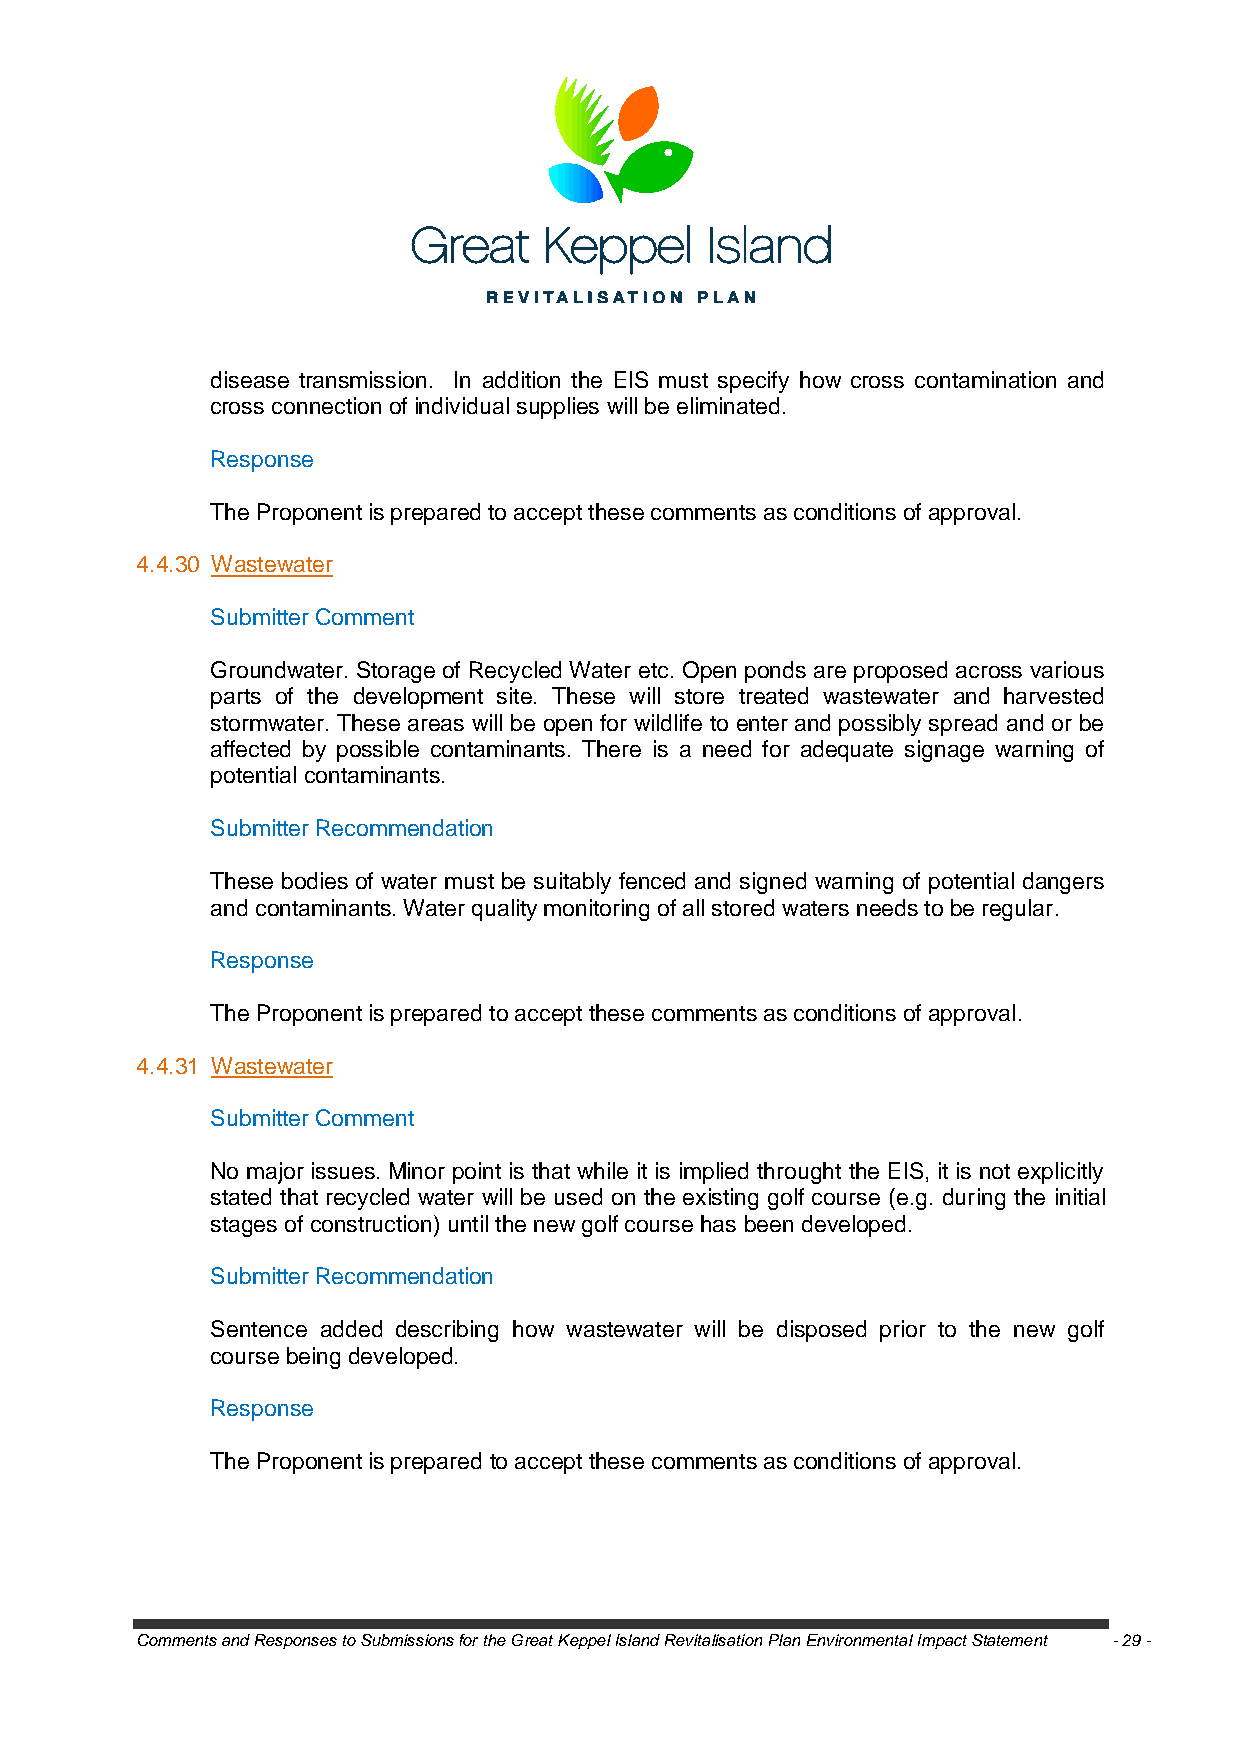
disease transmission. In addition the EIS must specify how cross contamination and
 cross connection of individual supplies will be eliminated.
 Response
 The Proponent is prepared to accept these comments as conditions of approval.
 4.4.30 Wastewater
 Submitter Comment
 Groundwater. Storage of Recycled Water etc. Open ponds are proposed across various
 parts of the development site. These will store treated wastewater and harvested
 stormwater. These areas will be open for wildlife to enter and possibly spread and or be
 affected by possible contaminants. There is a need for adequate signage warning of
 potential contaminants.
 Submitter Recommendation
 These bodies of water must be suitably fenced and signed warning of potential dangers
 and contaminants. Water quality monitoring of all stored waters needs to be regular.
 Response
 The Proponent is prepared to accept these comments as conditions of approval.
 4.4.31 Wastewater
 Submitter Comment
 No major issues. Minor point is that while it is implied throught the EIS, it is not explicitly
 stated that recycled water will be used on the existing golf course (e.g. during the initial
 stages of construction) until the new golf course has been developed.
 Submitter Recommendation
 Sentence added describing how wastewater will be disposed prior to the new golf
 course being developed.
 Response
 The Proponent is prepared to accept these comments as conditions of approval.
 Comments and Responses to Submissions for the Great Keppel Island Revitalisation Plan Environmental Impact Statement - 29 -